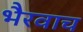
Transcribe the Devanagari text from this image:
भैरवाच